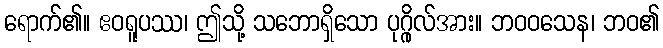
ရောက်၏။ ဧဝရူပဿ၊ ဤသို့ သဘောရှိသော ပုဂ္ဂိုလ်အား။ ဘဝဝသေန၊ ဘဝ၏